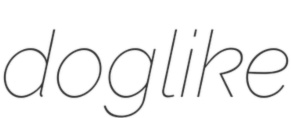
doglike